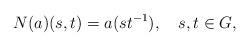
LaTeX: \begin{align*}N(a)(s,t) = a(st^{-1}), \ \ \ s,t\in G,\end{align*}